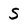
Character: s